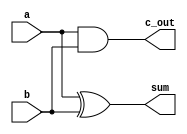
module half_adder(input a,b, output c_out,sum);
    xor (sum,a,b);
    and (c_out,a,b);
endmodule

module full_adder(input a,b,c_in, output c_out, sum);
    wire w1,w2,w3;
    half_adder HF0(c_in,w2,w3,sum);
    half_adder HF1(a,b,w1,w2);
    or (c_out,w1,w3);
endmodule

module four_bit_rca(input [3:0] a,b, input c_in, output c_out,output[3:0] sum);
    wire c_in1,c_in2,c_in3;
    full_adder FA0(a[0],b[0],c_in,c_in1,sum[0]);
    full_adder FA1(a[1],b[1],c_in1,c_in2,sum[1]);
    full_adder FA2(a[2],b[2],c_in2,c_in3,sum[2]);
    full_adder FA3(a[3],b[3],c_in3,c_out,sum[3]);
endmodule

module right_bit_rca(input [7:0] a,b, input c_in, output c_out, output [7:0] sum );
    wire c_in4;
    four_bit_rca FB_RCA0(a[3:0],b[3:0],c_in,c_in4,sum[3:0]);
    four_bit_rca FB_RCA1(a[7:4],b[7:4],c_in4,c_out,sum[7:4]);
endmodule